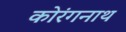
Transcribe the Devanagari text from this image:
कोरंगनाथ